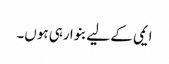
ایمی کے لیے بنوا رہی ہوں۔